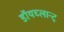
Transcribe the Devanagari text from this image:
डॉयच्लान्ट्